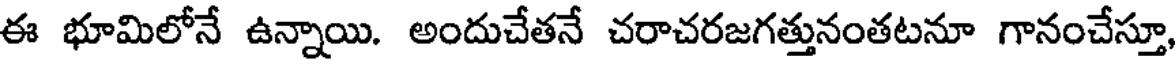
ఈ భూమిలోనే ఉన్నాయి. అందుచేతనే చరాచరజగత్తునంతటనూ గానంచేస్తూ